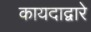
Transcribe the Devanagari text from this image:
कायदाद्वारे